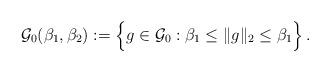
LaTeX: \begin{align*}{\cal G}_0(\beta_1, \beta_2) := \Big\{ g \in {\cal G}_0 : \beta_1 \leq \| g \|_2 \leq \beta_1 \Big\}\,. \end{align*}